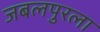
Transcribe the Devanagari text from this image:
जबलपुरला